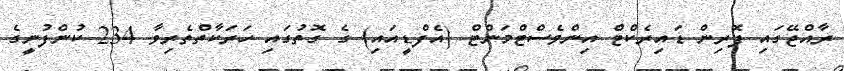
ރާއްޖޭގައި ފޮރިން ޑައިރެކްޓް އިންވެސްޓްމަންޓް (އެފްޑީއައި) ގެ ގޮތުގައި ހަރަކާތްތެރިވާ 234 ކުންފުނީގެ